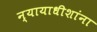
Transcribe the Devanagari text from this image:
न्यायाधीशांना